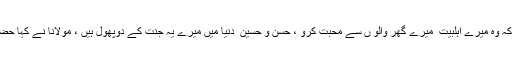
رسول کائنات ﷺ وہ جس کے بے شمار احسانات بندوں پر وہ کوئی چیز کو مانگ رہے ہیں کہ وہ میرے اہلبیت ؑ میرے گھر والو ں سے محبت کرو ، حسنؑ و حسین ؑ دنیا میں میرے یہ جنت کے دوپھول ہیں ، مولانا نے کہا حضور ﷺ اپنے نواسے حسن ؑ و حسین ؑ کی رونے کی آواز سنتے تو انہیں بہت تکلیف ہوا کرتی ۔